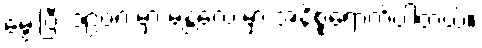
မွေးပြီး ၁၉၀၈ မှာ မန္တလေးမှာ အနိစ္စရောက်ပါတယ်။